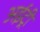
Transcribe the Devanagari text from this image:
अईट्री